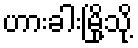
ဟားခါးမြို့သို့